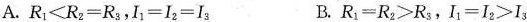
A.$$R _ { 1 } ＜ R _ { 2 } = R _ { 3 }$$，$$I _ { 1 } ＜ I _ { 2 } = I _ { 3 }$$ B.R _ { 1 } = R _ { 2 } ＞ R _ { 3 }，$$I _ { 1 } = I _ { 2 } ＞ I _ { 3 }$$